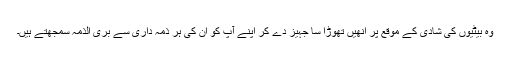
وہ بیٹیوں کی شادی کے موقع پر انھیں تھوڑا سا جہیز دے کر اپنے آپ کو ان کی ہر ذمہ داری سے بری الذمہ سمجھتے ہیں۔